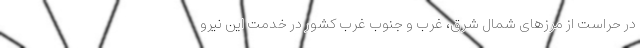
در حراست از مرزهای شمال شرق، غرب و جنوب غرب کشور در خدمت این نیرو